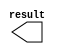
// megafunction wizard: %LPM_CONSTANT%VBB%
// GENERATION: STANDARD
// VERSION: WM1.0
// MODULE: LPM_CONSTANT 

// ============================================================
// Megafunction Name(s):
// 			LPM_CONSTANT
//
// Simulation Library Files(s):
// 			lpm
// ============================================================
// ************************************************************
// THIS IS A WIZARD-GENERATED FILE. DO NOT EDIT THIS FILE!
//
// 20.1.1 Build 720 11/11/2020 SJ Lite Edition
// ************************************************************

//Copyright (C) 2020  Intel Corporation. All rights reserved.
//Your use of Intel Corporation's design tools, logic functions 
//and other software and tools, and any partner logic 
//functions, and any output files from any of the foregoing 
//(including device programming or simulation files), and any 
//associated documentation or information are expressly subject 
//to the terms and conditions of the Intel Program License 
//Subscription Agreement, the Intel Quartus Prime License Agreement,
//the Intel FPGA IP License Agreement, or other applicable license
//agreement, including, without limitation, that your use is for
//the sole purpose of programming logic devices manufactured by
//Intel and sold by Intel or its authorized distributors.  Please
//refer to the applicable agreement for further details, at
//https://fpgasoftware.intel.com/eula.

module Const0 (
	result);

	output	[0:0]  result;

endmodule

// ============================================================
// CNX file retrieval info
// ============================================================
// Retrieval info: PRIVATE: INTENDED_DEVICE_FAMILY STRING "Cyclone IV GX"
// Retrieval info: PRIVATE: JTAG_ENABLED NUMERIC "0"
// Retrieval info: PRIVATE: JTAG_ID STRING "NONE"
// Retrieval info: PRIVATE: Radix NUMERIC "2"
// Retrieval info: PRIVATE: SYNTH_WRAPPER_GEN_POSTFIX STRING "0"
// Retrieval info: PRIVATE: Value NUMERIC "0"
// Retrieval info: PRIVATE: nBit NUMERIC "1"
// Retrieval info: PRIVATE: new_diagram STRING "1"
// Retrieval info: LIBRARY: lpm lpm.lpm_components.all
// Retrieval info: CONSTANT: LPM_CVALUE NUMERIC "0"
// Retrieval info: CONSTANT: LPM_HINT STRING "ENABLE_RUNTIME_MOD=NO"
// Retrieval info: CONSTANT: LPM_TYPE STRING "LPM_CONSTANT"
// Retrieval info: CONSTANT: LPM_WIDTH NUMERIC "1"
// Retrieval info: USED_PORT: result 0 0 1 0 OUTPUT NODEFVAL "result[0..0]"
// Retrieval info: CONNECT: result 0 0 1 0 @result 0 0 1 0
// Retrieval info: GEN_FILE: TYPE_NORMAL Const0.v TRUE
// Retrieval info: GEN_FILE: TYPE_NORMAL Const0.inc FALSE
// Retrieval info: GEN_FILE: TYPE_NORMAL Const0.cmp FALSE
// Retrieval info: GEN_FILE: TYPE_NORMAL Const0.bsf TRUE
// Retrieval info: GEN_FILE: TYPE_NORMAL Const0_inst.v FALSE
// Retrieval info: GEN_FILE: TYPE_NORMAL Const0_bb.v TRUE
// Retrieval info: LIB_FILE: lpm